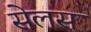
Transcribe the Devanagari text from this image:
सेलस